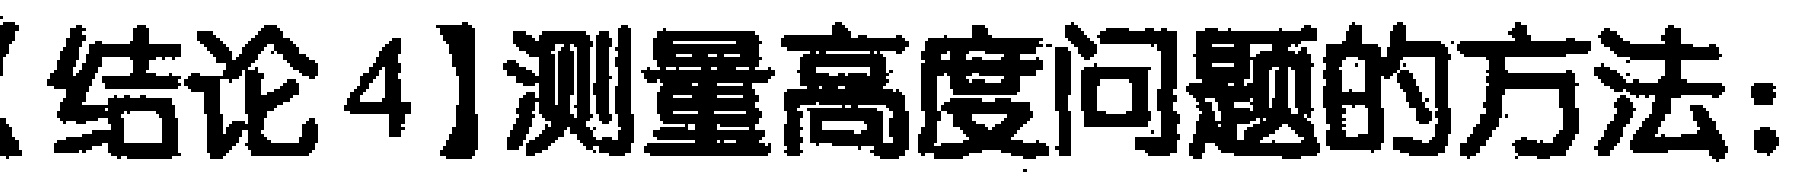
【结论4】测量高度问题的方法：